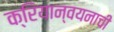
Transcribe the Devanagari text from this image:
क्रियान्वयनाची